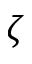
\zeta